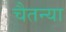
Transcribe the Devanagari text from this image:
चैतन्या